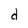
Character: d